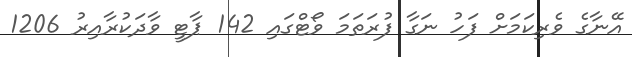
އޭނާގެ ވެރިކަމަށް ފަހު ނަގާ ފުރަތަމަ ވޯޓްގައި 142 ޕާޓީ ވާދަކުރާއިރު 1206